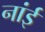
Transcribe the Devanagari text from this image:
नांई